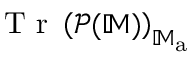
\mathrm { ~ T ~ r ~ } \left( \mathcal { P } ( \mathbb { M } ) \right) _ { \mathbb { M } _ { \mathrm { a } } }